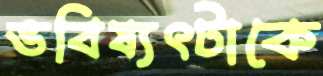
ভবিষ্যৎটাকে